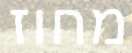
מחוז